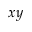
x y